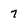
Character: 7